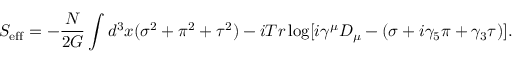
S _ { \mathrm { e f f } } = - \frac { N } { 2 G } \int d ^ { 3 } x ( \sigma ^ { 2 } + \pi ^ { 2 } + \tau ^ { 2 } ) - i T r \log [ i \gamma ^ { \mu } D _ { \mu } - ( \sigma + i \gamma _ { 5 } \pi + \gamma _ { 3 } \tau ) ] .